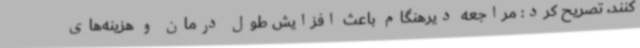
کنند، تصریح کرد: مراجعه دیرهنگام باعث افزایش طول درمان و هزینه‌های